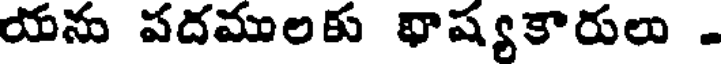
యను పదములకు భాష్యకారులు .